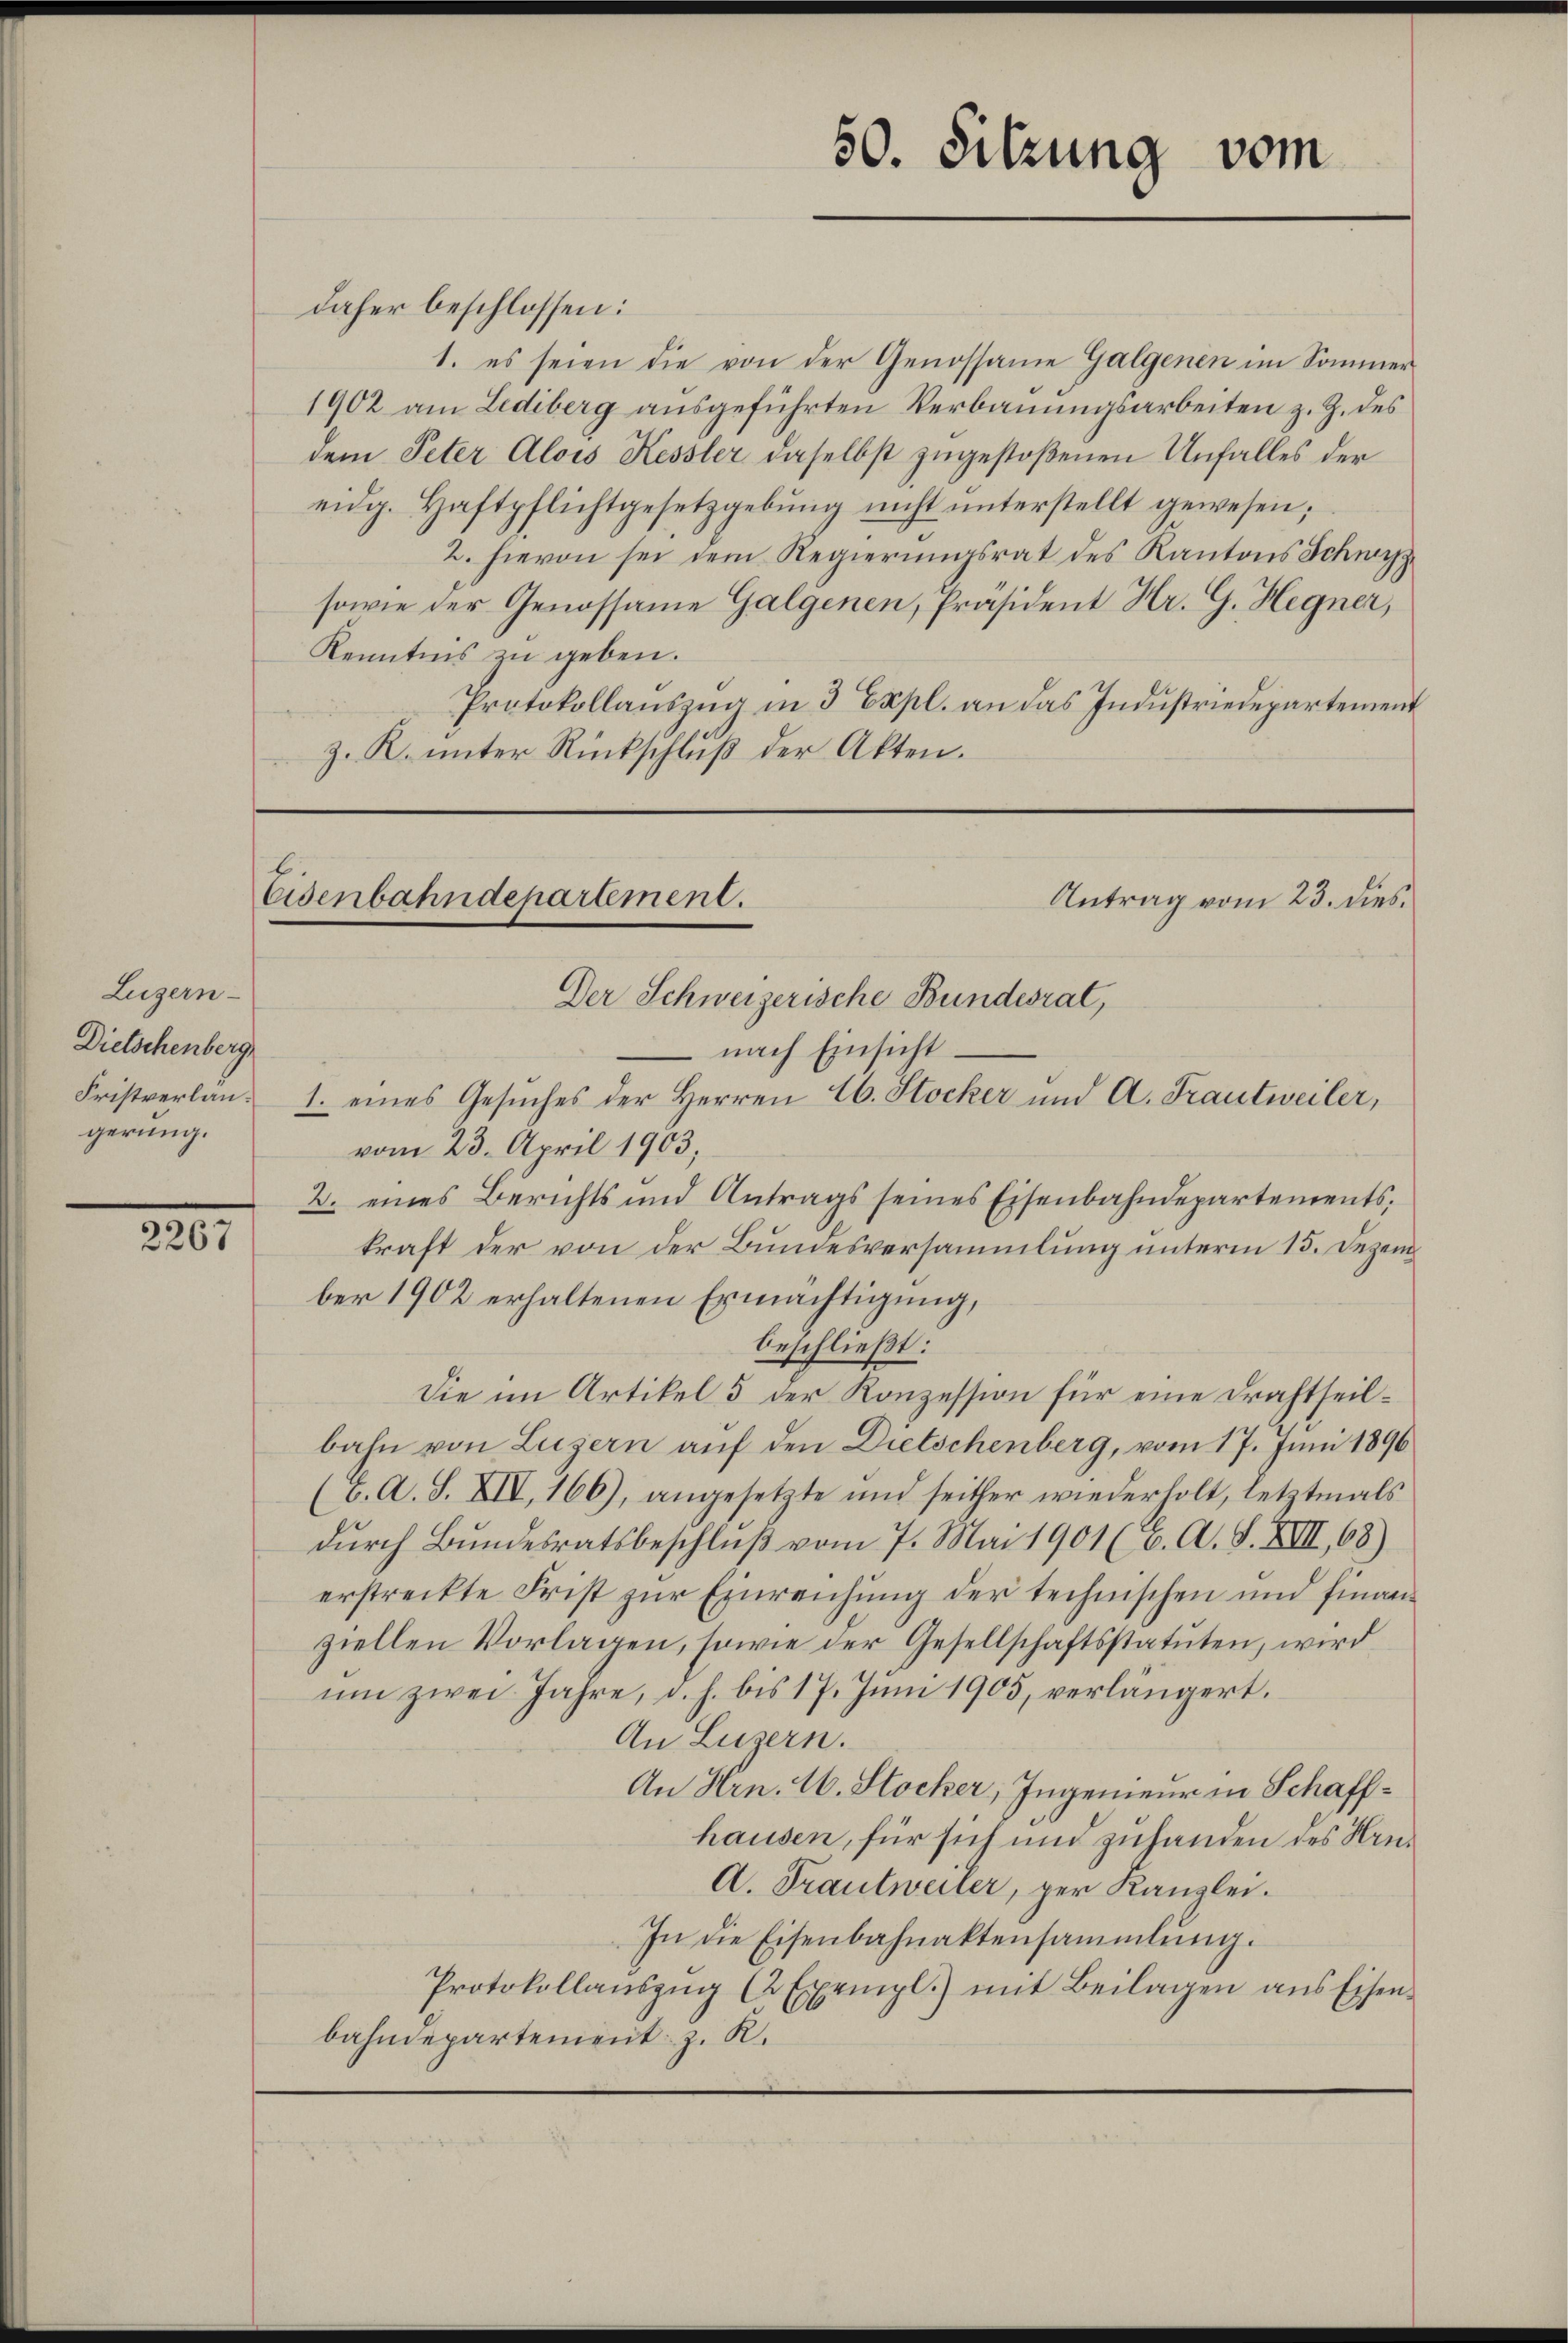
Luzern
Dielschenberg
Fristverlangerung.

2267

daher beschlossen:
1. es seien die von der Genossame Galgenen im Sommer
1902 am Lediberg ausgeführten Verbauungsarbeiten z. Z. des
dem Peter Alois Kessler daselbst zugestoßenen Unfalles der
eidg. Haftpflichtgesetzgebŭng nicht ŭnterstellt gewesen;
2. hievon sei dem Regierungsrat des Kantons Schwyz
sowie der Genossame Galgenen, Präsident Hr. G. Hegner,
Kenntnis zu geben.
Protokollauszug in 3 Expl. an das Industriedepartement
z. K. unter Rückschluß der Akten.

Eisenbahndepartement.
Antrag vom 23. dies
Der Schweizerische Bundesrat,

- nach Einsicht
1. eines Gesuches der Herren E. Stocker und A. Frautweiler,
vom 23. April 1903,
2. eines Berichts und Antrags seines Eisenbahndepartements
kraft der von der Bundesversammlung unterm 15. Dezember 1902 erhaltenen Ermächtigung,
beschließt:
Die im Artikel 5 der Konzession für eine Drahtheilbahn von Luzern auf den Dietschenberg, vom 17. Juni 1896
(E. A. S. XIV, 166), angesetzte und seither wiederholt, letztmals
dŭrch Bŭndesratsbeschlŭβ vom 7. Mai 1901 ( v. A. S. XIII, 68)
erstreckte Frist zur Einreichung der technischen und finanziellen Vorlagen, sowie der Gesellschaftsstatuten, wird
um zwei Jahre, d. h. bis 17. Juni 1905, verlängert.
An Luzern.
An Hrn. 16. Stocker, Ingenieur in Schaffhausen, für sich und zuhanden des Heu¬
A. Trautweiler, per Kanzlei.
In die Eisenbahnaktensammlung.
Protokollaŭszŭg (2 Exempl.) mit Beilagen ans Eisen-
bahndepartement z. R.

50. Sitzung vom